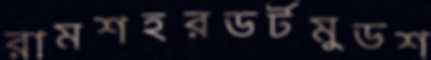
রামশহরডর্টমুডশ